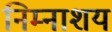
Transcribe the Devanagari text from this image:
निम्नाशय